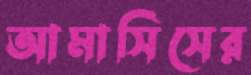
আমাসিসের